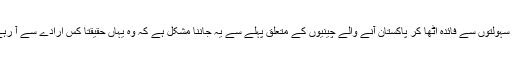
اور ان سہولتوں سے فائدہ اٹھا کر پاکستان آنے والے چینیوں کے متعلق پہلے سے یہ جاننا مشکل ہے کہ وہ یہاں حقیقتاً کس ارادے سے آ رہے ہیں۔